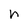
Character: n